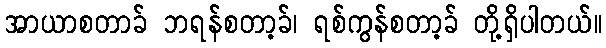
အာယာစတာခ် ဘရန်စတာ့ခ်၊ ရစ်ကွန်စတာ့ခ် တို့ရှိပါတယ်။